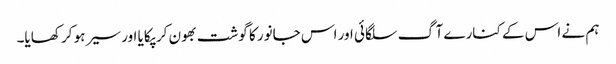
ہم نے اس کے کنارے آگ سلگائی اور اس جانور کا گوشت بھون کر پکایا اور سیر ہو کر کھایا۔